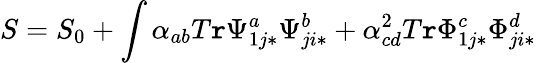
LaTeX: S=S_{0}+\int\alpha_{ab}T\mathtt{r}\Psi_{1j*}^{a}\Psi_{ji*}^{b}+\alpha_{cd}^{2}T\mathtt{r}\Phi_{1j*}^{c}\Phi_{ji*}^{d}